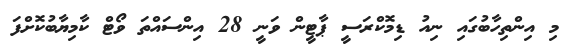
މި އިންތިހާބުގައި ނިއު ޑިމޮކްރަސީ ޕާޓީން ވަނީ 28 އިންސައްތަ ވޯޓް ކާމިޔާބުކޮށްފަ